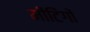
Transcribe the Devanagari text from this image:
मीटिंगों